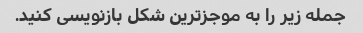
جمله زیر را به موجزترین شکل بازنویسی کنید.